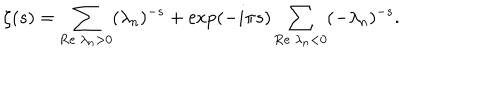
\zeta ( s ) = \sum _ { \mathrm { R e } ~ \lambda _ { n } > 0 } ( \lambda _ { n } ) ^ { - s } + \exp ( - i \pi s ) \sum _ { \mathrm { R e } ~ \lambda _ { n } < 0 } ( - \lambda _ { n } ) ^ { - s } .